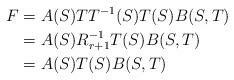
LaTeX: \begin{align*}F&=A(S)TT^{-1}(S)T(S)B(S,T)\\ &=A(S)R^{-1}_{r+1}T(S)B(S,T)\\ &=A(S)T(S)B(S,T)\end{align*}